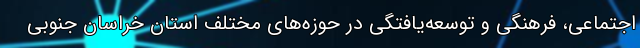
اجتماعی، فرهنگی و توسعه‌یافتگی در حوزه‌های مختلف استان خراسان جنوبی